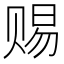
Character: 赐